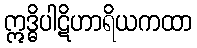
ဣဒ္ဓိပါဋိဟာရိယကထာ